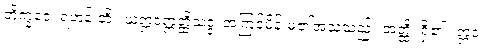
ဘိက္ခဝေ၊ ရဟန်းတို့။ ယံဣဒံဣတ္ထိသဒ္ဒံ၊ အကြင်မိန်းမ၏အသံသည်။ အတ္ထိ၊ ရှိ၏။ ဣဒံ၊